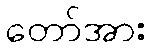
တော်အား